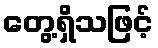
တွေ့ရှိသဖြင့်